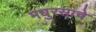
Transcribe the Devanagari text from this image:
मधुरसाचे